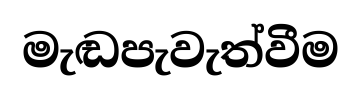
මැඬපැවැත්වීම